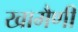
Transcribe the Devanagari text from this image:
खामैणी